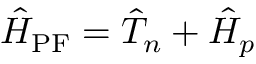
\hat { H } _ { \mathrm { P F } } = \hat { T } _ { n } + \hat { H } _ { p }